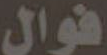
قوال